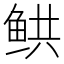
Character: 𲍎